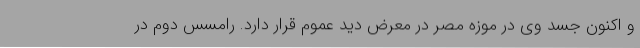
و اکنون جسد وی در موزه مصر در معرض دید عموم قرار دارد. رامسس دوم در